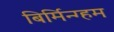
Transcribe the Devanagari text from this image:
बिर्मिन्ग्हम